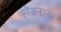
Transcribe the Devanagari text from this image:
लेबनान।